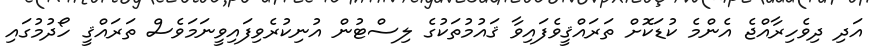
އަދި ދިވެހިރާއްޖެ އެންމެ ކުޑަކޮށް ތަރައްޤީވެފައިވާ ޤައުމުތަކުގެ ލިސްޓުން އުނިކުރެވިފައިވީނަމަވެސް ތަރައްޤީ ހޯދުމުގައި